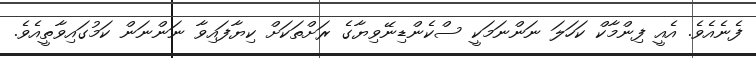
ފެނެއެވެ. އެއީ ފިންމާކް ކަހަލަ ނަންނަމަކީ ސްކެންޑިނޭވިޔާގެ ރަށްތަކަށް ކިޔާފައިވާ ނަންނަން ކަމުގައިވާތީއެވެ.